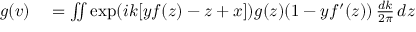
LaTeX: \begin{array} { r l } { g ( v ) } & { { } = \iint \exp ( i k [ y f ( z ) - z + x ] ) g ( z ) ( 1 - y f ^ { \prime } ( z ) ) \, { \frac { d k } { 2 \pi } } \, d z } \end{array}